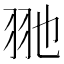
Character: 𦏸